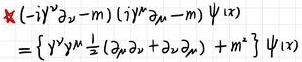
$\begin{aligned}
& \not \varkappa(-i \gamma^{\nu} \partial_{\nu}-m)(i \gamma^{\mu} \partial_{\mu}-m) \psi(x) \\
& =\left\{\gamma^{\nu} \gamma^{\mu} \frac{1}{2}\left(\partial_{\nu} \partial_{\mu}+\partial_{\mu} \partial_{\nu}\right)+m^{2}\right\} \psi(x)
\end{aligned}$